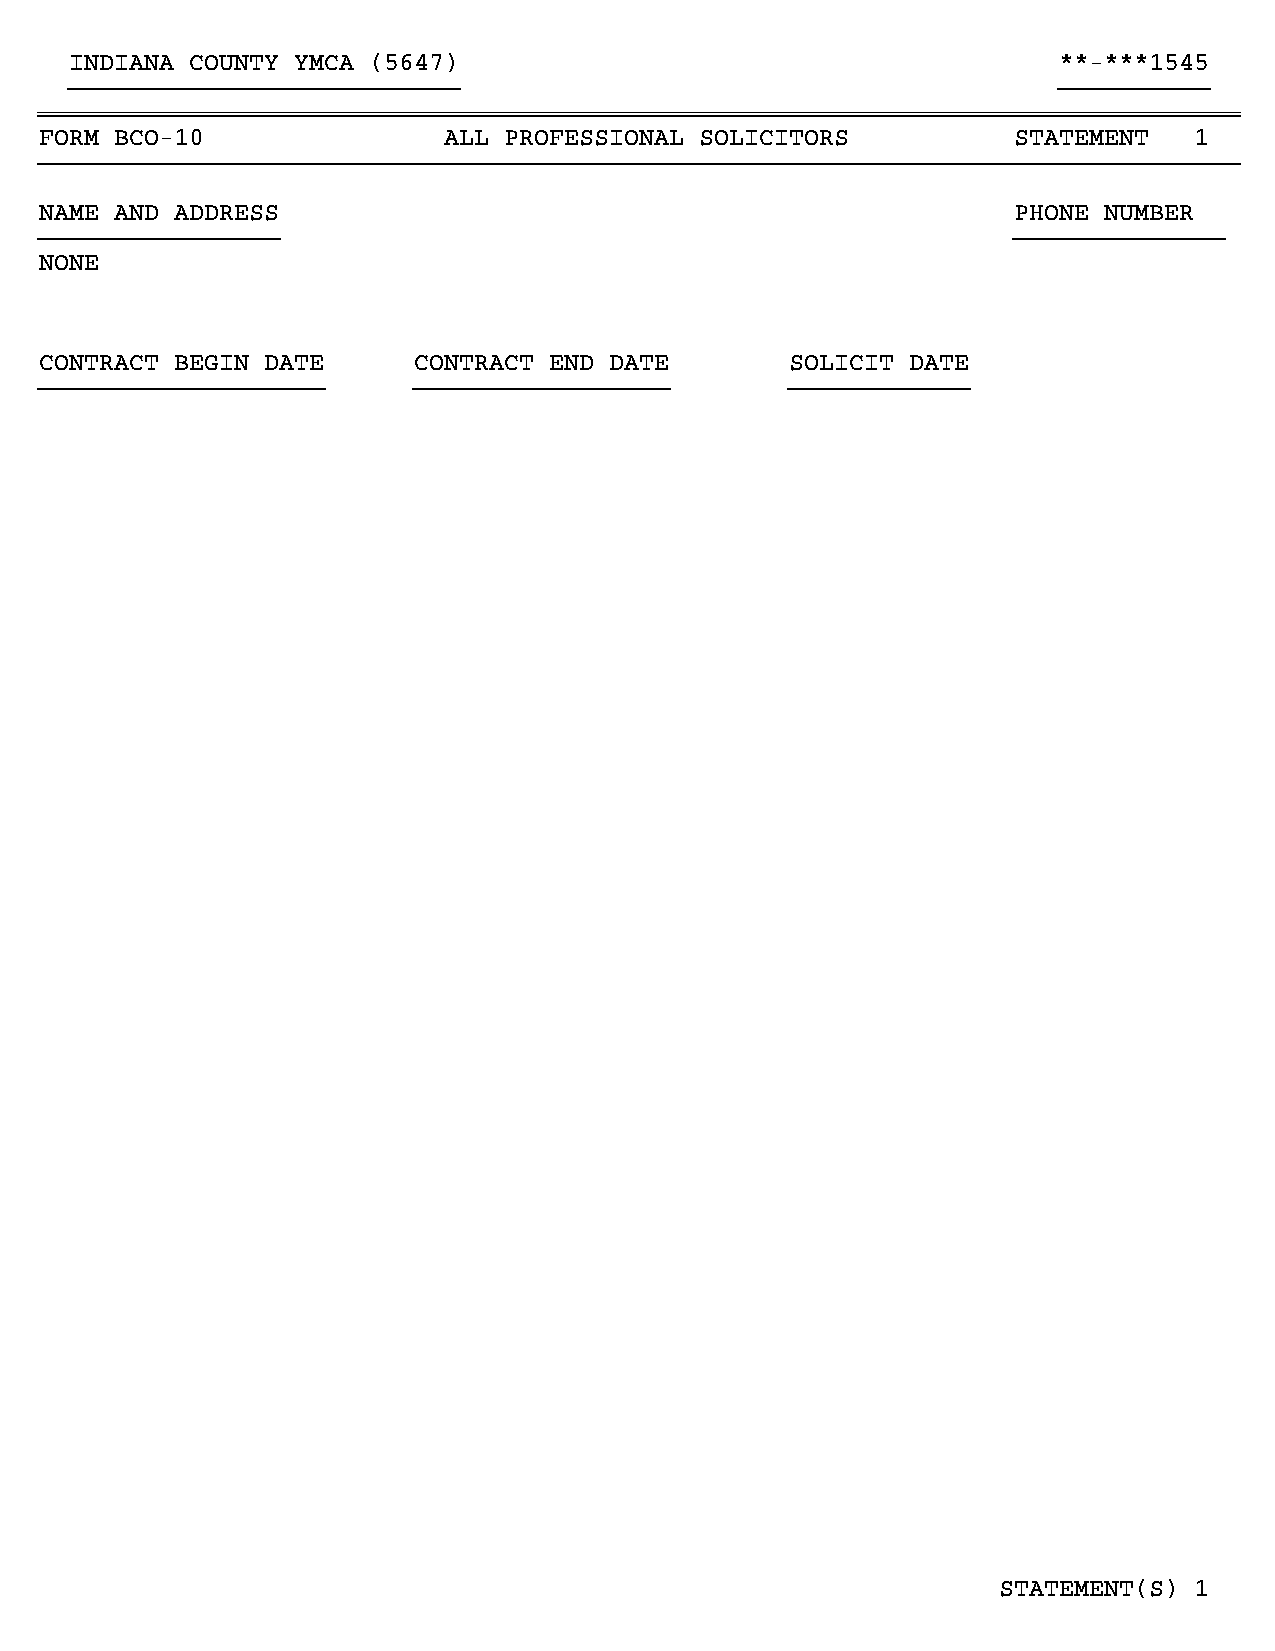
INDIANA COUNTY YMCA (5647)                                       **-***1545
 }}}}}}}}}}}}}}}}}}}}}}}}}}                                       }}}}}}}}}}
 ~~~~~~~~~~~~~~~~~~~~~~~~~~~~~~~~~~~~~~~~~~~~~~~~~~~~~~~~~~~~~~~~~~~~~~~~~~~~~~~~
 FORM BCO-10               ALL PROFESSIONAL SOLICITORS           STATEMENT   1
 }}}}}}}}}}}}}}}}}}}}}}}}}}}}}}}}}}}}}}}}}}}}}}}}}}}}}}}}}}}}}}}}}}}}}}}}}}}}}}}}
 NAME AND ADDRESS                                                PHONE NUMBER
 }}}}}}}}}}}}}}}}                                                }}}}}}}}}}}}}}
 NONE
 CONTRACT BEGIN DATE     CONTRACT END DATE        SOLICIT DATE
 }}}}}}}}}}}}}}}}}}}     }}}}}}}}}}}}}}}}}        }}}}}}}}}}}}
 STATEMENT(S) 1